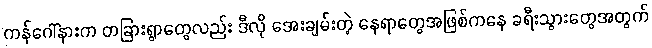
ကန်ဂေါ်နားက တခြားရွာတွေလည်း ဒီလို အေးချမ်းတဲ့ နေရာတွေအဖြစ်ကနေ ခရီးသွားတွေအတွက်